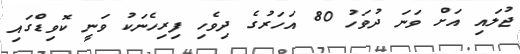
ޖުލައި އަށް ވަނަ ދުވަހު 80 އަހަރުގެ ދިވެހި ފިރިހެނަކު ވަނީ ކޮވިޑްގައި